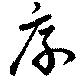
厚